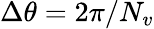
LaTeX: \Delta\theta=2\pi/N_{v}